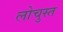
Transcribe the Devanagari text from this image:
लोचुस्त